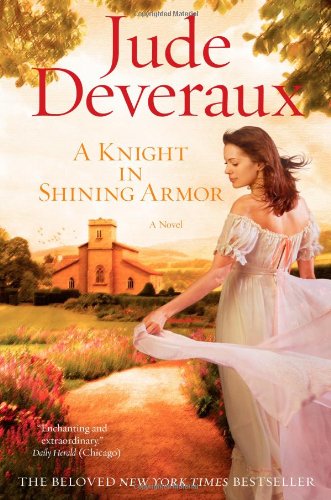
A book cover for A Knight in Shining Armor; Jude Deveraux; Romance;